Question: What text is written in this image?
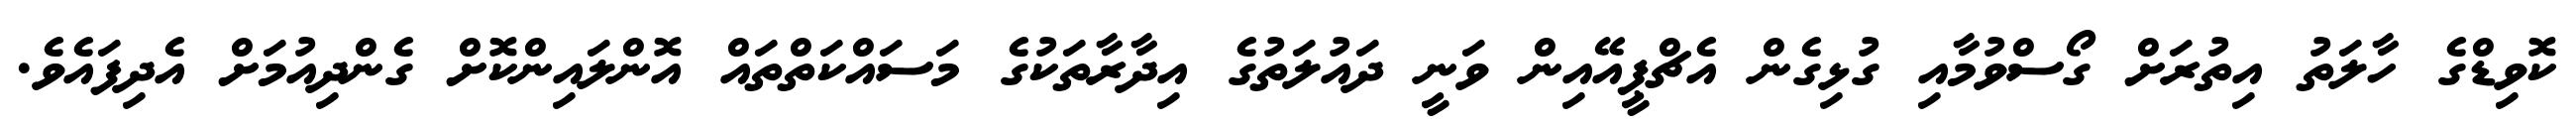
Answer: ކޮވިޑްގެ ހާލަތު އިތުރަށް ގޯސްވުމާއި ގުޅިގެން އެޗްޕީއޭއިން ވަނީ ދައުލަތުގެ އިދާރާތަކުގެ މަސައްކަތްތައް އޮންލައިންކޮށް ގެންދިއުމަށް އެދިފައެވެ.